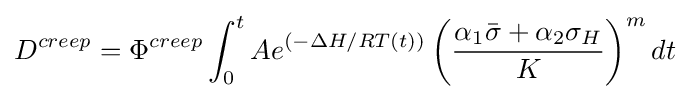
D^{creep}=\Phi ^{creep}\int _{0}^{t}Ae^{(-\Delta H/RT(t))}\left({\frac {\alpha _{1}{\bar {\sigma }}+\alpha _{2}\sigma _{H}}{K}}\right)^{m}dt